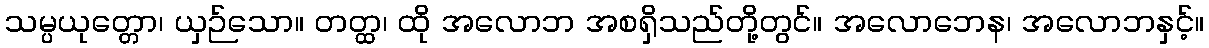
သမ္ပယုတ္တော၊ ယှဉ်သော။ တတ္ထ၊ ထို အလောဘ အစရှိသည်တို့တွင်။ အလောဘေန၊ အလောဘနှင့်။